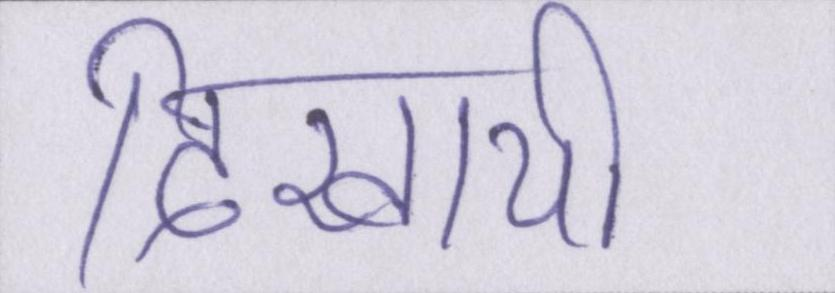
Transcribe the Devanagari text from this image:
दिखायी